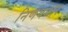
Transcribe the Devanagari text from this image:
निर्णयधार